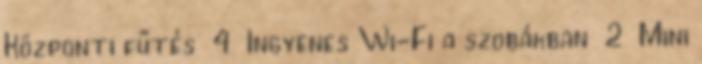
Központi fűtés 4 Ingyenes Wi-Fi a szobákban 2 Mini